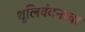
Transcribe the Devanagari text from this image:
धुलिवंदनाचा